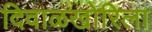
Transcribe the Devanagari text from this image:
दिवाळखोरिला